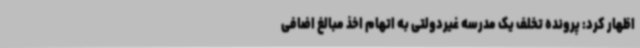
اظهار کرد: پرونده تخلف یک مدرسه غیردولتی به اتهام اخذ مبالغ اضافی